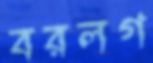
বরলগ